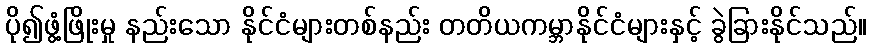
ပို၍ဖွံ့ဖြိုးမှု နည်းသော နိုင်ငံများတစ်နည်း တတိယကမ္ဘာနိုင်ငံများနှင့် ခွဲခြားနိုင်သည်။